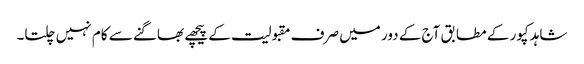
شاہد کپور کے مطابق آج کے دور میں صرف مقبولیت کے پیچھے بھاگنے سے کام نہیں چلتا۔